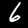
Label: 6